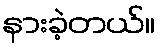
နားခဲ့တယ်။